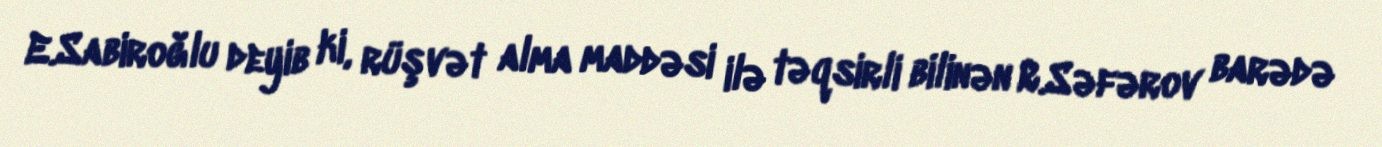
E.Sabiroğlu deyib ki, rüşvət alma maddəsi ilə təqsirli bilinən R.Səfərov barədə